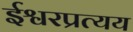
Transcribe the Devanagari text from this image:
ईश्वरप्रत्यय